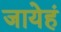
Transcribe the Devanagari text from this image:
जायेहं